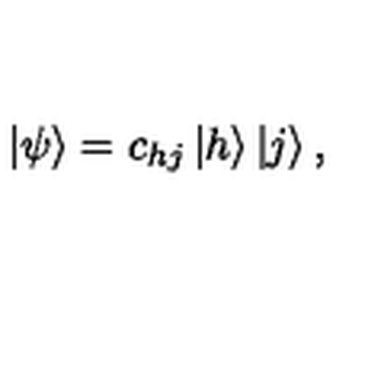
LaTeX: \left| \psi \right> = c _ { h j } \left| h \right> \left| j \right> ,